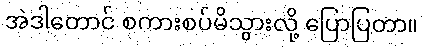
အဲဒါတောင် စကားစပ်မိသွားလို့ ပြောပြတာ။